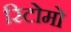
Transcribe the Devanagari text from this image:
रिटोमो